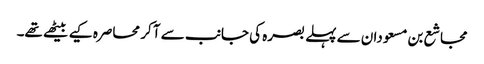
مجاشع بن مسعودان سے پہلے بصرہ کی جانب سے آ کر محاصرہ کیے بیٹھے تھے۔